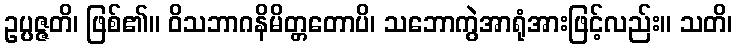
ဥပ္ပဇ္ဇတိ၊ ဖြစ်၏။ ဝိသဘာဂနိမိတ္တတောပိ၊ သဘောကွဲအာရုံအားဖြင့်လည်း။ သတိ၊